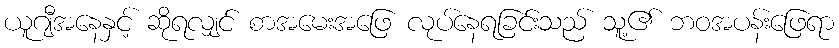
ယူဂျီအနေနှင့် ဆိုရလျှင် စာအမေးအဖြေ လုပ်နေရခြင်းသည် သူ့၏ ဘဝအပန်းဖြေရာ